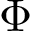
\Phi